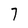
Character: 7